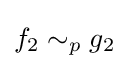
f_{2}\sim _{p}g_{2}